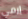
إرمي